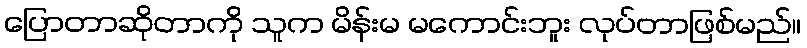
ပြောတာဆိုတာကို သူက မိန်းမ မကောင်းဘူး လုပ်တာဖြစ်မည်။